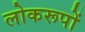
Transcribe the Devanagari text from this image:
लोकरूपों